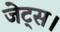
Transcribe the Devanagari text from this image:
जेट्स।